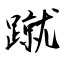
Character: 蹴